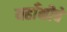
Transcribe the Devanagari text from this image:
यहाँनीचे